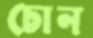
চোন